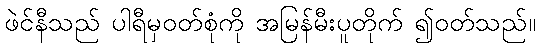
ဖဲင်နီသည် ပါရီမှဝတ်စုံကို အမြန်မီးပူတိုက် ၍ဝတ်သည်။